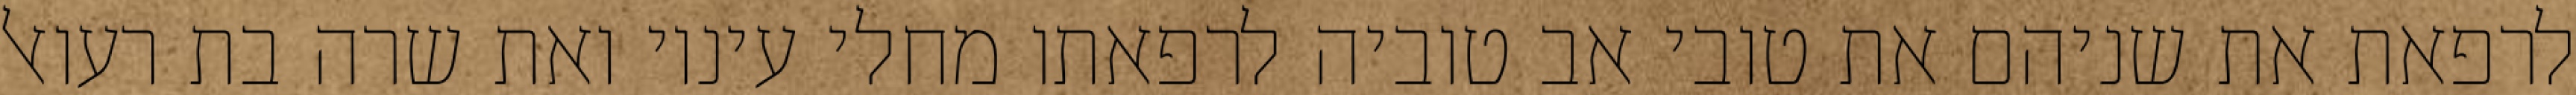
לרפאת את שניהם את טובי אב טוביה לרפאתו מחלי עיניו ואת שרה בת רעואל